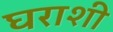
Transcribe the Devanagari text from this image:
घराशी